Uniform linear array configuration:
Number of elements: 16
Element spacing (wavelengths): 0.25
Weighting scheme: binomial
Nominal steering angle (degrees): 30
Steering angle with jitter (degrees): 28.341
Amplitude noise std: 0.05
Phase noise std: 0.05

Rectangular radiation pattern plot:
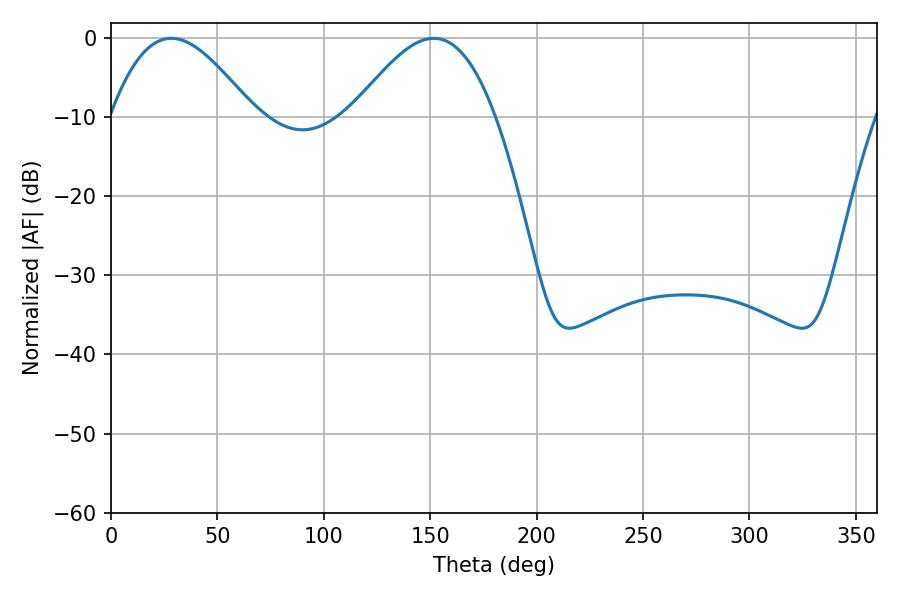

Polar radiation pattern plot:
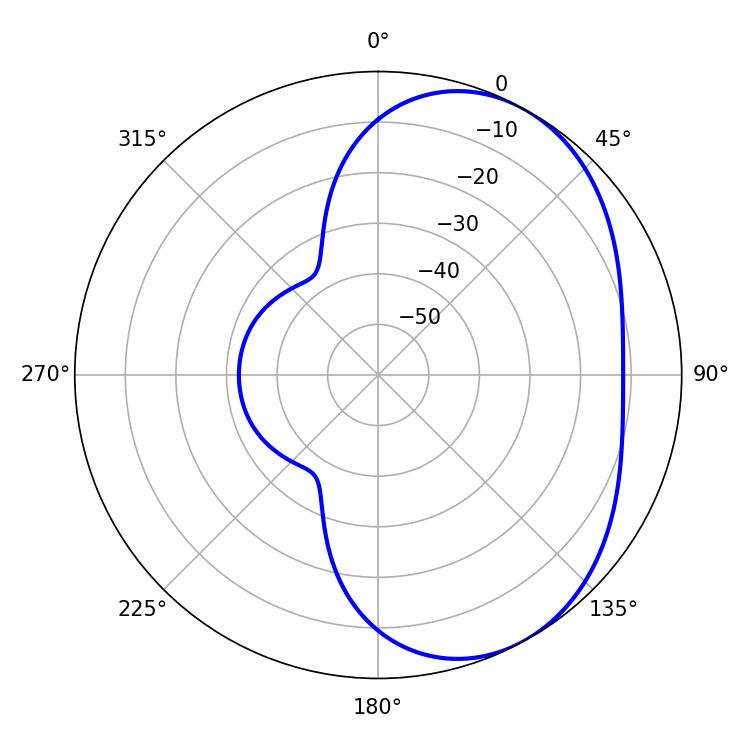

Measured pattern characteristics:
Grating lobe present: FALSE
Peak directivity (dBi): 4.309
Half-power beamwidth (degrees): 36.18
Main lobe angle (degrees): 28.26